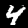
Label: 4